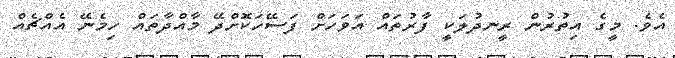
އެވެ. މީގެ އިތުރުން ރީނދުލަކީ ފާރުތައް އަވަހަށް ފަސޭހަކޮށްދޭ މާއްދާތައް ހިމެނޭ އެއްޗެއް